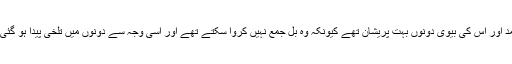
اس دفعہ 29 ہزار کا بل موصول ہونے کی وجہ سے ارشاداحمد اور اس کی بیوی دونوں بہت پریشان تھے کیونکہ وہ بل جمع نہیں کروا سکتے تھے اور اسی وجہ سے دونوں میں تلخی پیدا ہو گئی اور ارشاداحمد کی بیوی نے خودکشی کرنے کا فیصلہ کر لیا۔